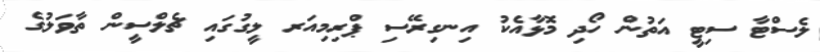
ލެސްޓާ ސިޓީ އަތުން ހޯދި މޮޅާއެކު އިނގިރޭސި ޕްރިމިއަރ ލީގުގައި ޗެލްސީން ތާވަލުގެ